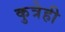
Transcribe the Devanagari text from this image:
कुत्रेही